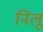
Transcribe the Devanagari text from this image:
निलू